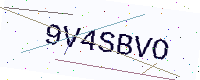
Text: 9V4SBVO